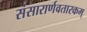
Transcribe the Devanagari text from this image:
संसारार्णवतारकम्